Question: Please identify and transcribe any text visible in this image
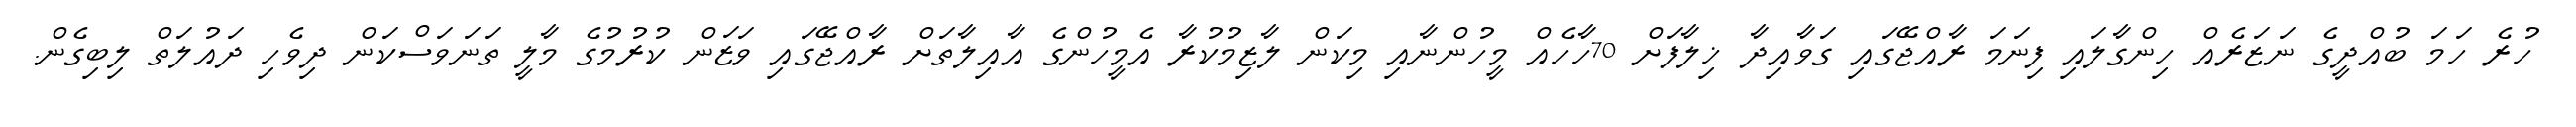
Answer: ހުރެ ހަމަ ބުއްދީގެ ނަޒަރެއް ހިންގާލައި ފިނަމަ ރާއްޖޭގައި ގަވާއިދާ ޚިލާފަށް 70ހާހެއް މީހުންނާއި މިކަން ލާޒިމުކުރާ އެމީހުންގެ އާއިލާތަށް ރާއްޖޭގައި ވަޒަން ކުރުމުގެ މާލީ ތަނަވަސްކަން ދިވެހި ދައުލަތް ލިބިގެން.